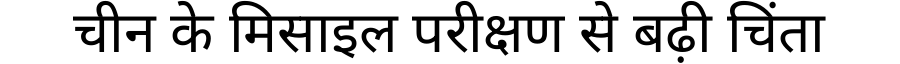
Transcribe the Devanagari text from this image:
चीन के मिसाइल परीक्षण से बढ़ी चिंता